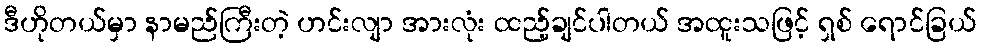
ဒီဟိုတယ်မှာ နာမည်ကြီးတဲ့ ဟင်းလျာ အားလုံး ထည့်ချင်ပါတယ် အထူးသဖြင့် ရှစ် ရောင်ခြယ်